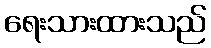
ရေးသားထားသည်